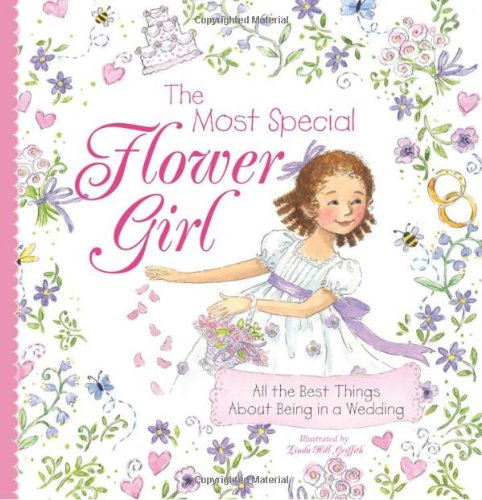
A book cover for The Most Special Flower Girl: All the Best Things About Being in a Wedding; Crafts, Hobbies & Home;